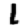
Digit: 1